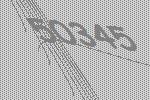
50345